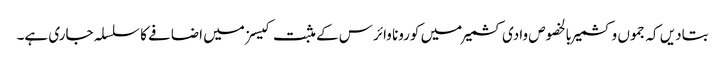
بتادیں کہ جموں وکشمیر بالخصوص وادی کشمیر میں کورونا وائرس کے مثبت کیسز میں اضافے کا سلسلہ جاری ہے۔